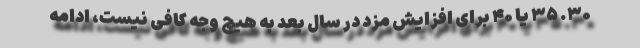
۳۰. ۳۵ یا ۴۰ برای افزایش مزد در سال بعد به هیچ وجه کافی نیست، ادامه